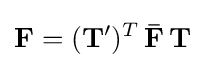
\mathbf {F} =(\mathbf {T} ')^{T}\,\mathbf {\bar {F}} \,\mathbf {T}